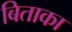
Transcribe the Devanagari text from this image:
बिताका